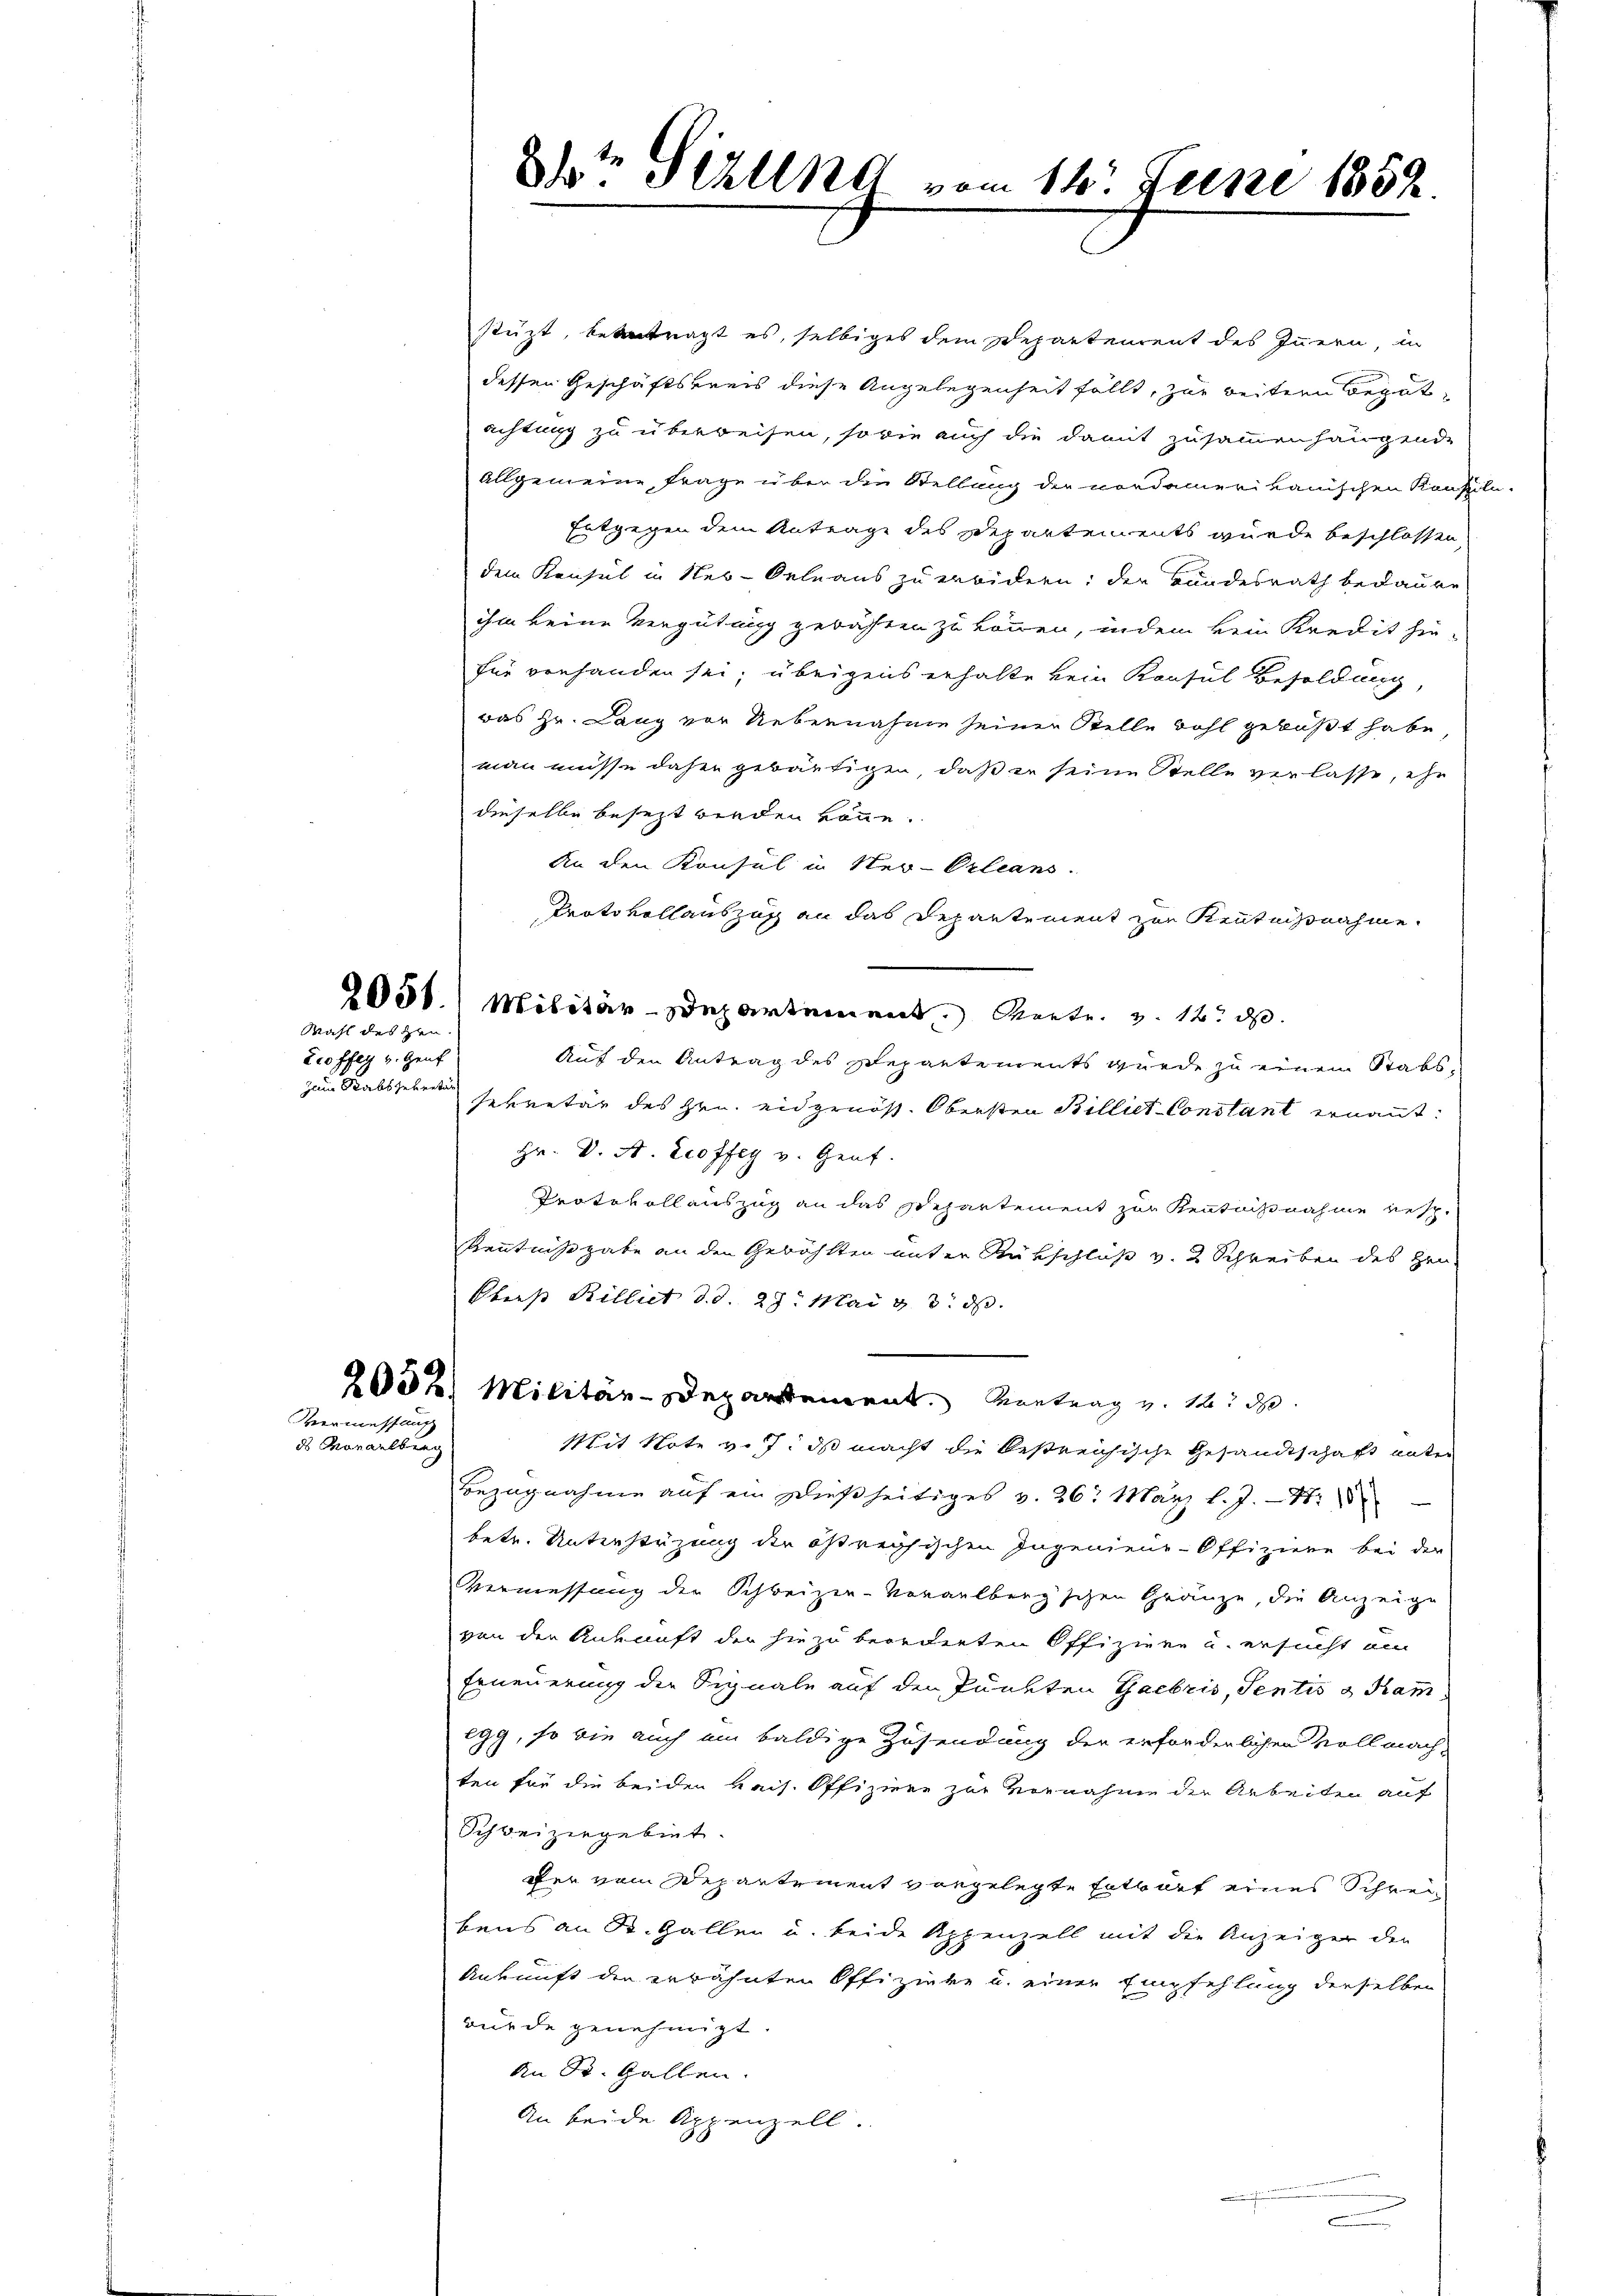
Wahl des Heu

2coffly v. Genf
Zum Staabs gebentur

Vermessung
ds Morarlburg

8te Stall vom 14t Juni 1852.

stüzt, betretragt es, selbiges dem Departement des Innern, in
dessen Geschäftspreis diese Angelegenheit fällt, zur weitern Begutachtung zu überweisen, so wie auch die damit zusammenhangende
allgemeine Frage über die Stellung der nordamerikanischen Konstile-
Entgegen dem Antrage des Departements wurde beschlossen
dem Konsul in Neu-Orleaus zu erwidern; der Bundesrath bedauen
ihm keine Vergütung gerähten zu können, indem kein Kredit hin-
für vorhanden sei, übrigens erhalte kein Konsul Besoldung,
das Hr. Lang vor Uebernahme seiner Stelle wohl gebüßt habe,
man müsse daher gebäutigen, daß in seine Stelle verlasse, ehe
dieselbe besezt werden könne.
An den Konsul in Ster-Orleans
Protokollauszug an das Departement zur Kenntnißnahme.
2051. Militär-Departement. Vertr. v. 12. d.
Auf den Antrag des Separtements wurde zu einem Stabssekretär des Hrn. Eidgenöss. Obersten Billiet-Constant ernannt:
Hr. Dr. A. Leoffeg v. Genf.
Protokollauszug an das Separtement zur Kenntnißnahme resp.
Kenntnißgabe an den Gewählten unter Rückschluß v. 2 Schreiben des Hrn.
Oberst Billiet d. d. 29. Mai v. 3. ds.
2052 Militär-Departement. Vortrag v. 12. d.
Mit Note v. 7. ds macht die bestreichische Gesandtschaft unter
Bezugnahme aŭf ein dießseitiges v. 26. März l. J. 18
betr. Unterstüzung der östreichischen Ingenieur-Offiziere bei der
Vermessung der Schweizer-Vorarlberg'schen Gränze, die Anzeige
von den Ankunft der hiezu beordneten Offiziere u. ersucht am
Erneuerung der Signale auf den Punkten Gaebris, Sentis a Ram
egg, so wie auch ein baldige Zusendung der erforderlichen Vollmach
ten für die beiden kais. Offiziere zur Vornahme der Arbeiten auf
Schweizergebiet.
fer vom Departement vorgelegte Entwurf eines Schreibens an St. Gallen u. beide Appenzell mit die Anzeiger der
Ankunft den erwähnten Offiziere u. einer Empfehlung derselben
wurde genehmigt.
An St. Gallen.
An beide Appenzell.

c